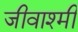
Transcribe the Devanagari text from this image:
जीवाश्मी